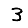
Digit: 3